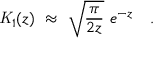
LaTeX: { \mathit { K } } _ { 1 } ( z ) ~ \approx ~ \sqrt { \frac { \pi } { 2 z } } ~ e ^ { - z } ~ ~ ~ .